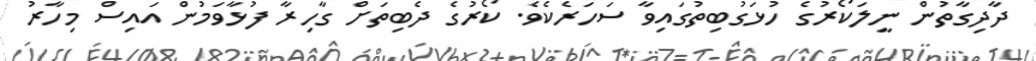
ދާދިގާތުން ނީލަކޯރުގެ ހުޅަގުބިތުގައިވާ ސަހަރެކެވެ. ކޯރުގެ ދެބިތަށް ގާހިރާ ފުޅާވަމުން އައިސް މިހާރު